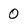
Character: 0